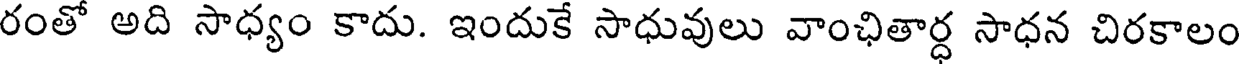
రంతో అది సాధ్యం కాదు. ఇందుకే సాధువులు వాంఛితార్ధ సాధన చిరకాలం